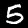
Label: 5